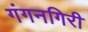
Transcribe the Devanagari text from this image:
गंगनगिरी